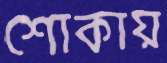
শোকায়